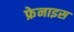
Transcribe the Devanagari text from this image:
फ्रेनाइस